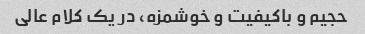
حجیم و باکیفیت و خوشمزه، در یک کلام عالی